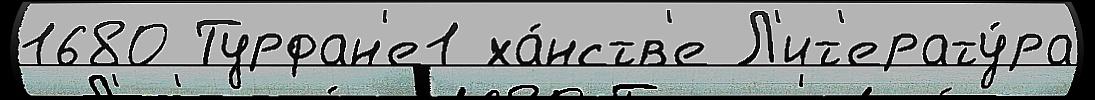
1680 Турфан'е1 ха́нств'е Л'ит'ерату́ра